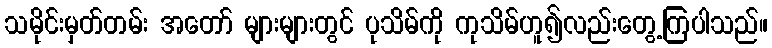
သမိုင်းမှတ်တမ်း အတော် များများတွင် ပုသိမ်ကို ကုသိမ်ဟူ၍လည်းတွေ့ကြပါသည်။